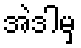
အဲဒါမှ